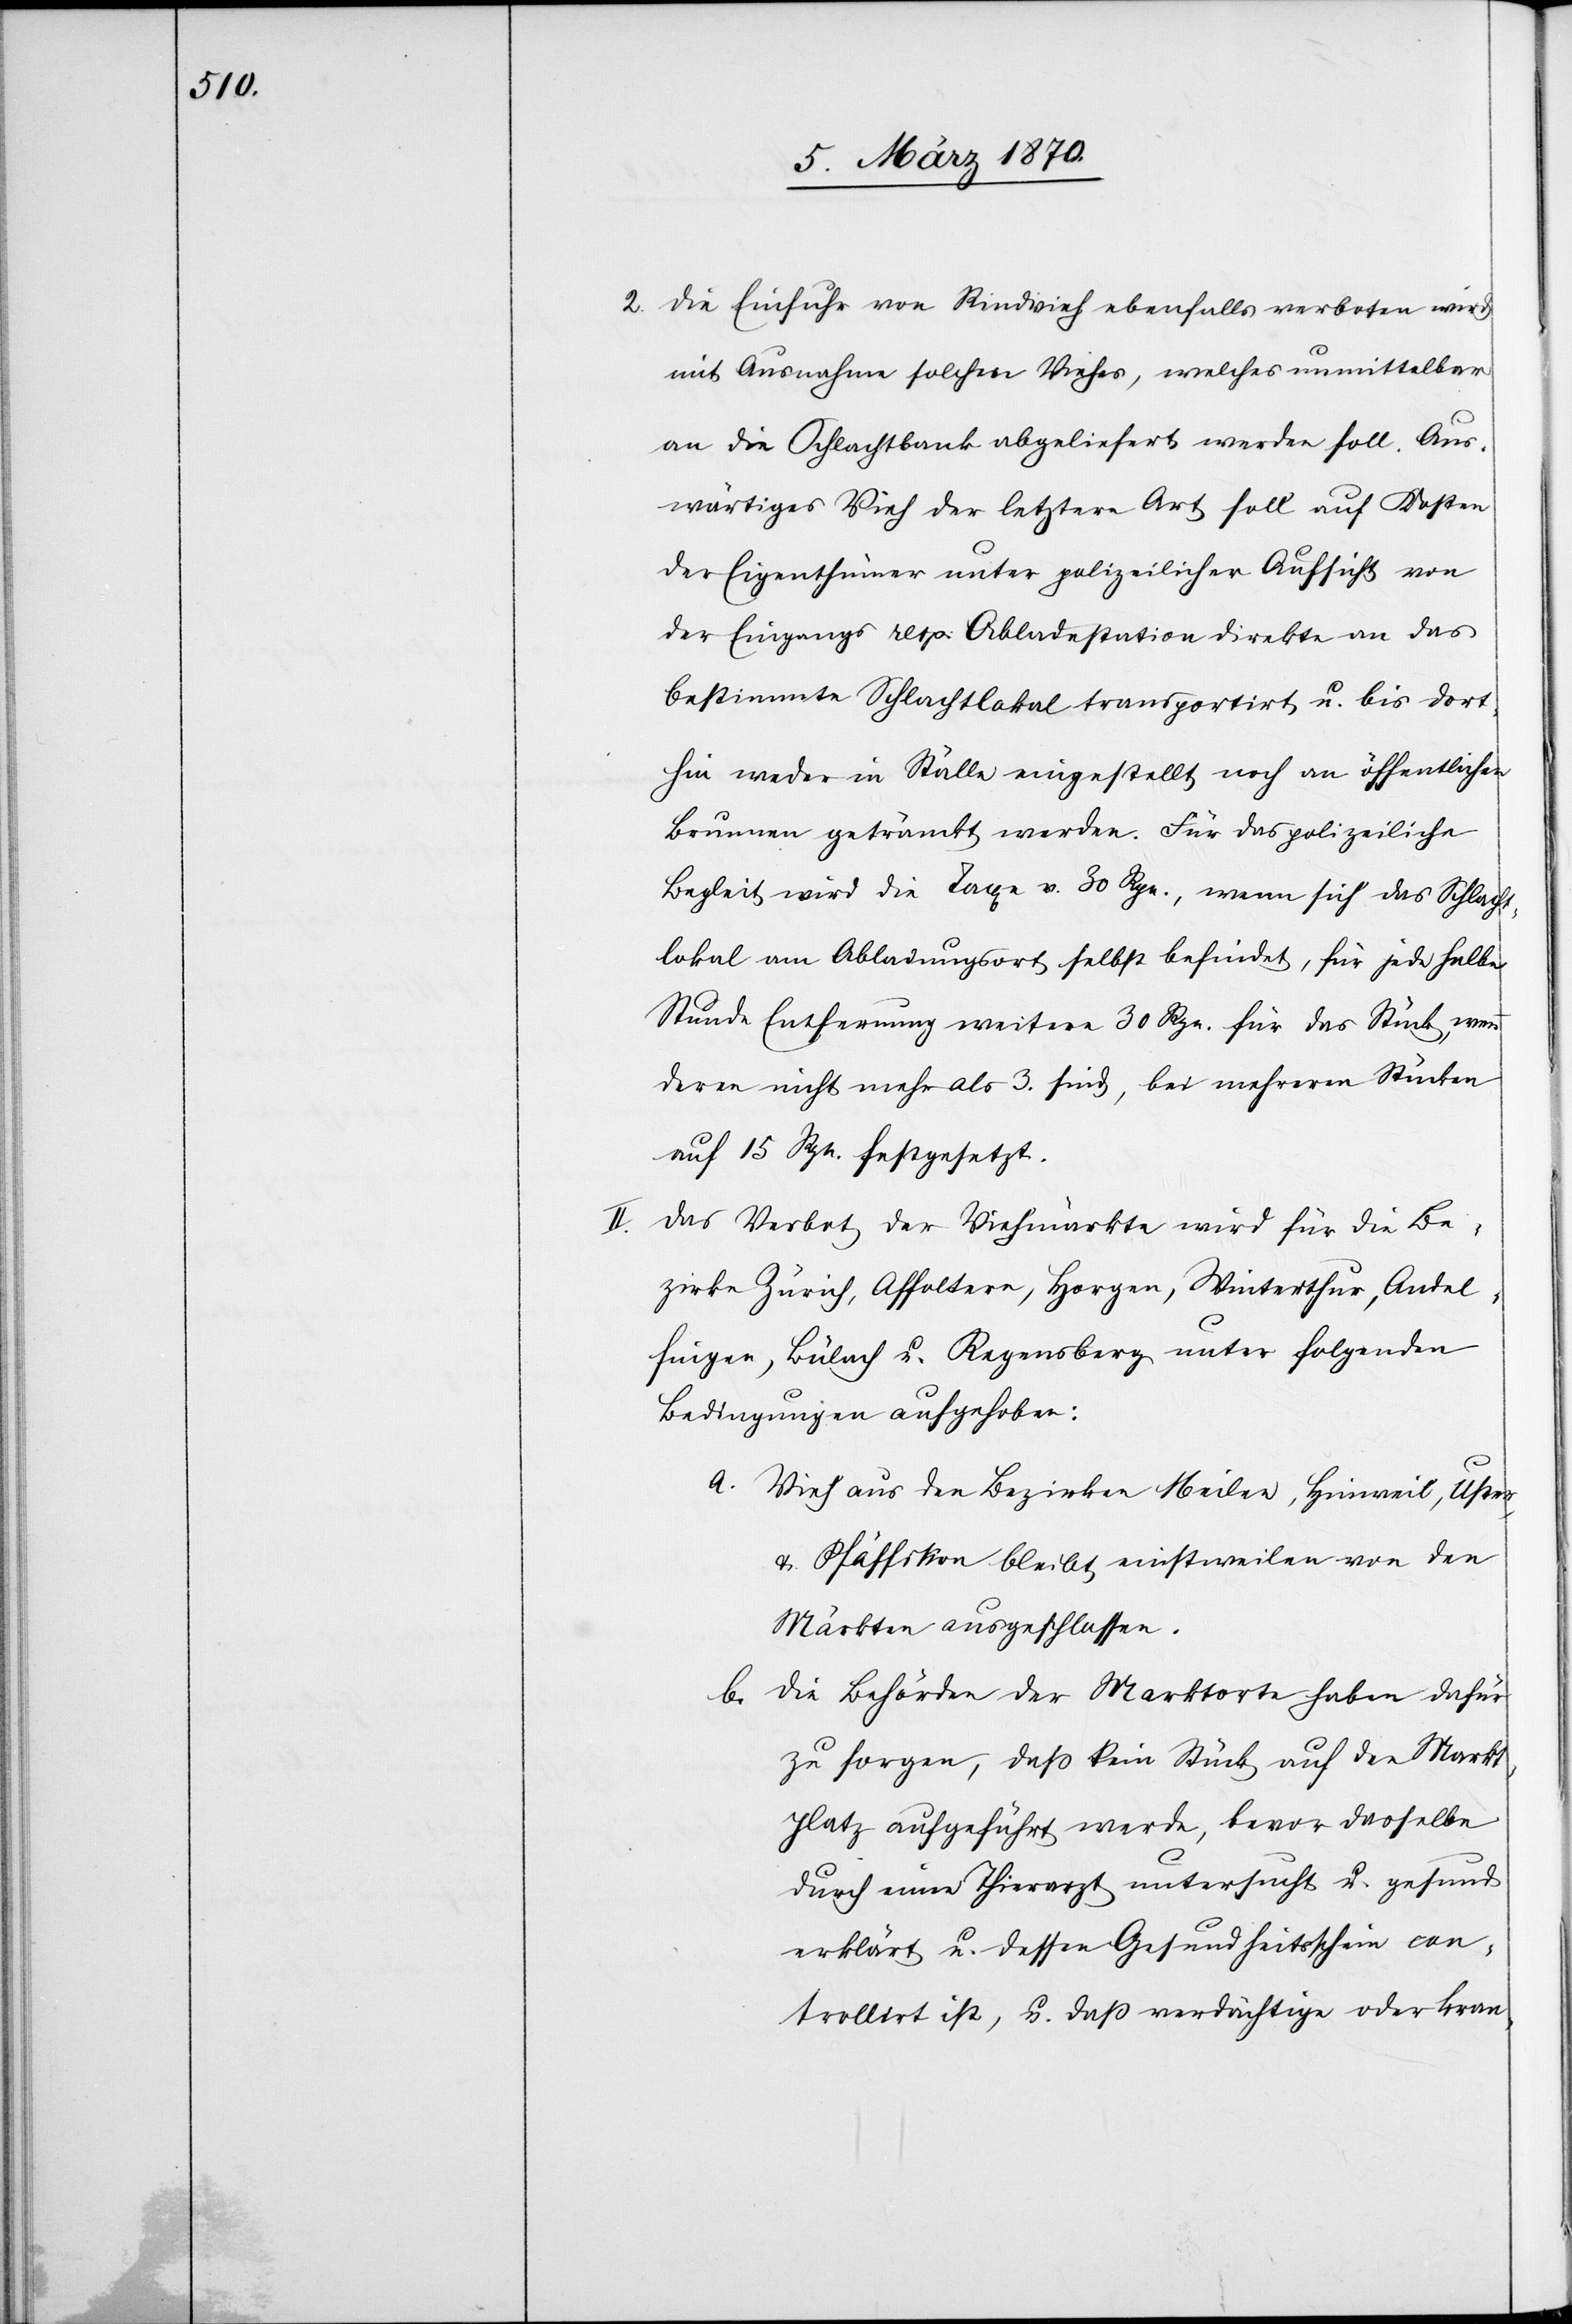
2. die Einfuhr von Rindvieh ebenfalls verboten wird
mit Ausnahme solchen Viehes, welches unmittelbar
an die Schlachtbank abgeliefert werden soll. Aus¬
wärtiges Vieh der letztern Art soll auf Kosten
der Eigenthümer unter polizeilicher Aufsicht von
der Eingangs[-] resp. Abladestation direkte an das
bestimmte Schlachtlokal transportirt u. bis dort¬
hin weder in Ställe eingestellt noch an öffentlichen
Brunnen getränkt werden. Für das polizeiliche
Begleit wird die Taxe v. 30 Rpn., wenn sich das Schlacht¬
lokal am Abladungsort selbst befindet, für jede halbe
Stunde Entfernung weitere 30 Rpn. für das Stück, wenn
deren nicht mehr als 3. sind, bei mehreren Stücken
auf 15 Rpn. festgesetzt.
II. Das Verbot der Viehmärkte wird für die Be¬
zirke Zürich, Affoltern, Horgen, Winterthur, Andel¬
fingen, Bülach u. Regensberg unter folgenden
Bedingungen aufgehoben:
a. Vieh aus den Bezirken Meilen, Hinweil, Uster
& Pfäffikon bleibt einstweilen von den
Märkten ausgeschlossen.
b. die Behörden der Marktorte haben dafür
zu sorgen, daß kein Stück auf den Markt¬
platz aufgeführt werde, bevor dasselbe
durch einen Thierarzt untersucht u. gesund
erklärt u. dessen Gesundheitsschein con¬
trollirt ist, u. daß verdächtige oder kran-